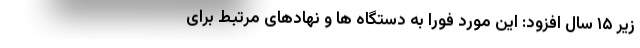
زیر ۱۵ سال افزود:‌ این مورد فورا به دستگاه ها و نهادهای مرتبط برای